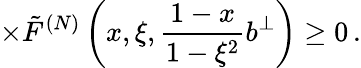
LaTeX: \times\tilde{F}^{(N)}\left(x,\xi,\frac{1-x}{1-\xi^{2}}b^{\perp}\right)\geq 0\, .